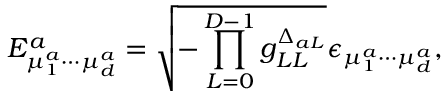
E _ { \mu _ { 1 } ^ { a } \cdots \mu _ { d } ^ { a } } ^ { a } = \sqrt { - \prod _ { L = 0 } ^ { D - 1 } g _ { L L } ^ { \Delta _ { a L } } } \epsilon _ { \mu _ { 1 } ^ { a } \cdots \mu _ { d } ^ { a } } ,